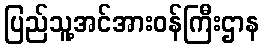
ပြည်သူ့အင်အားဝန်ကြီးဌာန